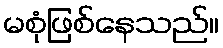
မစုံဖြစ်နေသည်။